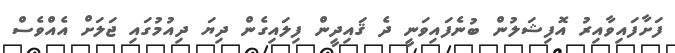
ފަށާފައިވާއިރު އޮފިޝަލުން ބުނެފައިވަނީ ދެ ޤައިދީން ފިލައިގެން ދިޔަ ދިއުމުގައި ޖަލަށް އެއްވެސް